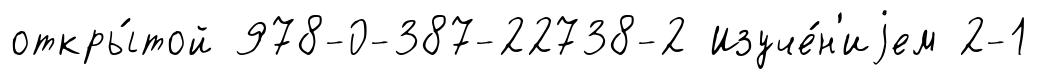
откры́той 978-0-387-22738-2 Изуче́н'иjем 2-1